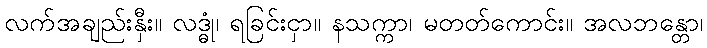
လက်အချည်းနှီး။ လဒ္ဓုံ၊ ရခြင်းငှာ။ နသက္ကာ၊ မတတ်ကောင်း။ အလဘန္တော၊